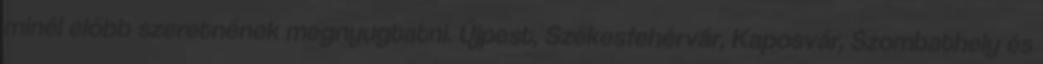
minél előbb szeretnének megnyugtatni. Újpest, Székesfehérvár, Kaposvár, Szombathely és